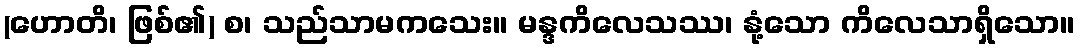
(ဟောတိ၊ ဖြစ်၏) စ၊ သည်သာမကသေး။ မန္ဒကိလေသဿ၊ နုံ့သော ကိလေသာရှိသော။